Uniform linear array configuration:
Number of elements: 8
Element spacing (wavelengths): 0.25
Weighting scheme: binomial
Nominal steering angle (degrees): -45
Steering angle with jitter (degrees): -45.161
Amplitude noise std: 0.05
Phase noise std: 0.05

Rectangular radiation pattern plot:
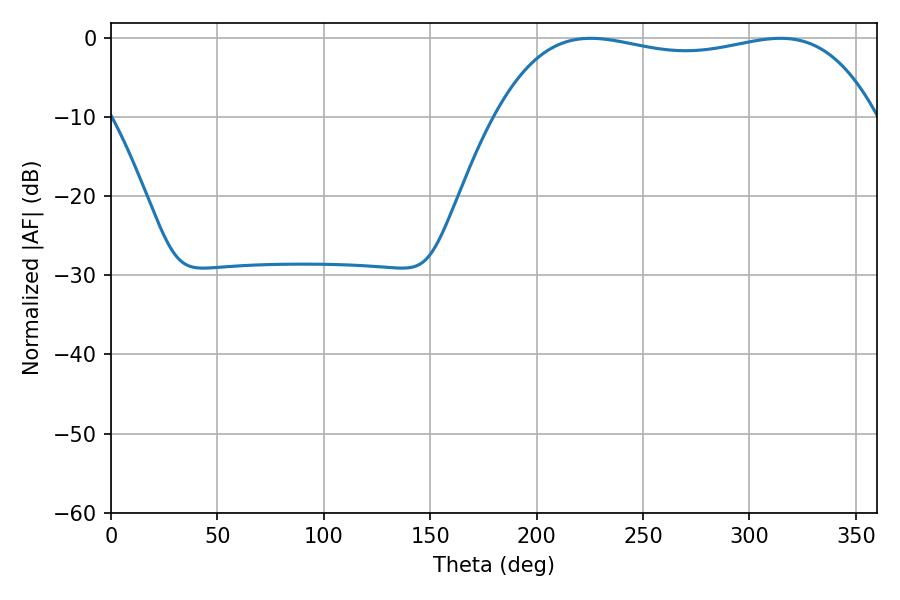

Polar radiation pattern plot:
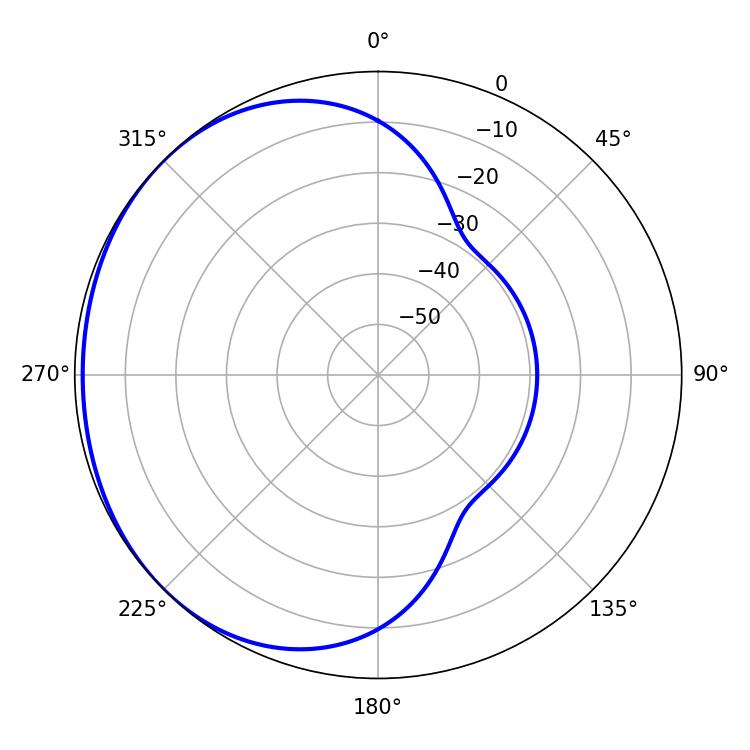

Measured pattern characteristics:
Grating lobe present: FALSE
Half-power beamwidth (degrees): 143.64
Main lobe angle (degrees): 225.36